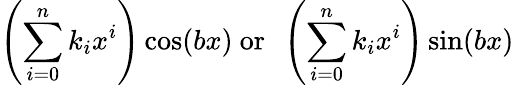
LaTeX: \left(\sum_{i=0}^{n}k_{i}x^{i}\right)\cos(bx){\mathrm{~or~}}\ \left(\sum_{i=0}^{n}k_{i}x^{i}\right)\sin(bx)